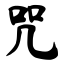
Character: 咒